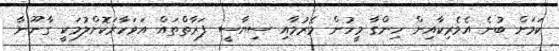
ކަމަށް ބުނެ އެމެރިކާއިން ހިންގާ މީހުން މެރުމާއި ސިޔާސީ ފަރާތްތައް އަވަހާރަކޮށްލުމަކީ ގާނޫނާ